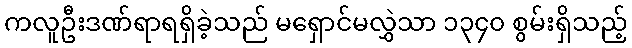
ကလူဦးဒဏ်ရာရရှိခဲ့သည် မရှောင်မလွှဲသာ ၁၃၄၀ စွမ်းရှိသည့်